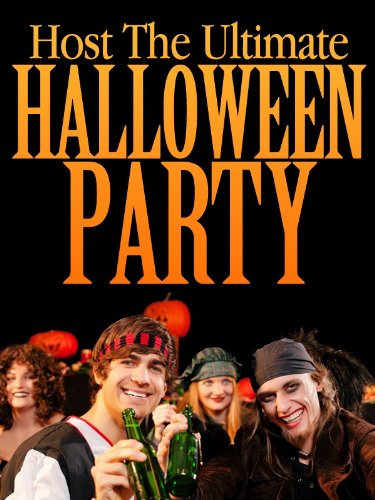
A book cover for Host The Ultimate Halloween Party: Low Cost Scary Tips, Tricks, And Ideas For Your Halloween Party; Brian Night; Cookbooks, Food & Wine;